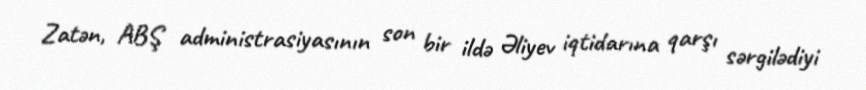
Zatən, ABŞ administrasiyasının son bir ildə Əliyev iqtidarına qarşı sərgilədiyi